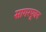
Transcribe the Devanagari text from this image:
सागरपूजन